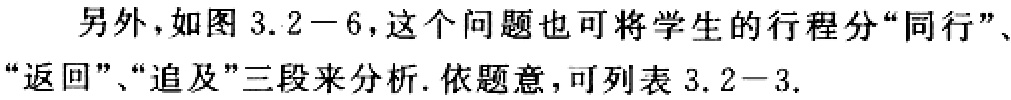
另外，如图3.2−6，这个问题也可将学生的行程分“同行”、“返回”、“追及”三段来分析. 依题意，可列表3.2−3.